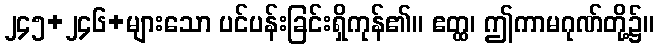
၂၄၅+၂၄၆+များသော ပင်ပန်းခြင်းရှိကုန်၏။ ဧတ္ထ၊ ဤကာမဂုဏ်တို့၌။